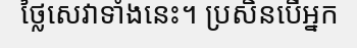
ថ្លៃសេវាទាំងនេះ។ ប្រសិនបើអ្នក